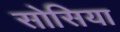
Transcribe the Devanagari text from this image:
सोसिया